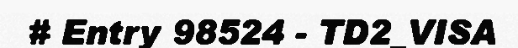
# Entry 98524 - TD2_VISA